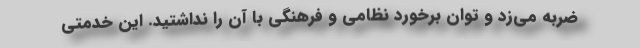
ضربه می‌زد و توان برخورد نظامی و فرهنگی با آن را نداشتید. این خدمتی